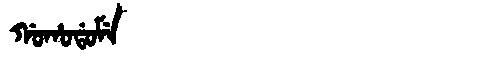
Manchu: ᡤᠣᡥᠣᡩᠣᠮᡝ
Romanization: GOHODOME